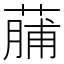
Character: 䔕